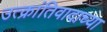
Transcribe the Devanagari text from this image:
उत्क्रांतिवादाच्या